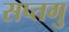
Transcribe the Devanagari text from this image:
सप्तगु